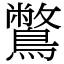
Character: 鷩